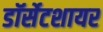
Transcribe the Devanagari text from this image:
डॉर्सेटशायर